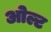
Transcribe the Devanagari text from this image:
ओल्ट